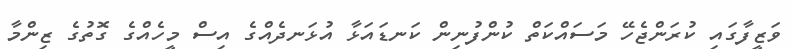
ވަޒީފާގައި ކުރަންޖެހޭ މަސައްކަތް ކުންފުނިން ކަނޑައަޅާ އުޅަނދެއްގެ އިސް މީހެއްގެ ގޮތުގެ ޒިންމާ